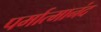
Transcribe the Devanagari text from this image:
पर्मात्मानंद